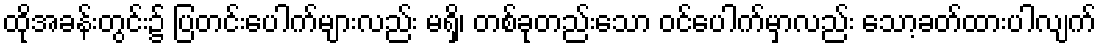
ထိုအခန်းတွင်း၌ ပြတင်းပေါက်များလည်း မရှိ၊ တစ်ခုတည်းသော ဝင်ပေါက်မှာလည်း သော့ခတ်ထားပါလျက်